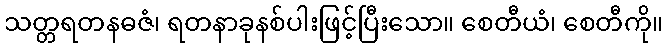
သတ္တရတနဓဇံ၊ ရတနာခုနစ်ပါးဖြင့်ပြီးသော။ စေတီယံ၊ စေတီကို။